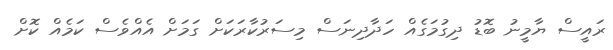
ރައީސް ޔާމީނު ބޮޑު ދިގުމަގެއް ހަދާދިނަސް މިސަރުކާރަކަށް ގަމަށް އެއްވެސް ކަމެއް ކޮށް